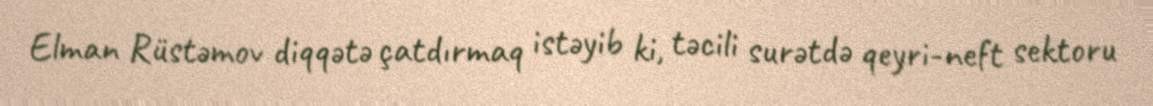
Elman Rüstəmov diqqətə çatdırmaq istəyib ki, təcili surətdə qeyri-neft sektoru